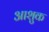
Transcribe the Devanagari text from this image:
आशुक